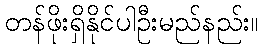
တန်ဖိုးရှိနိုင်ပါဦးမည်နည်း။